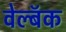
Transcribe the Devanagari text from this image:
वेल्बॅक